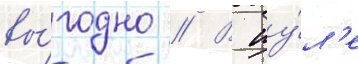
вы́годно // В иу́л'е